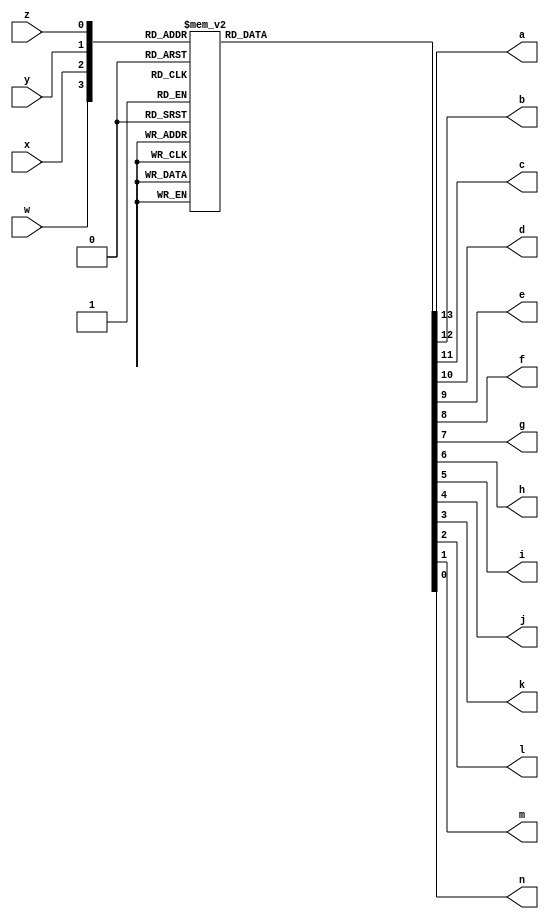
module Fourbit2scomplementdecoder (
	input w,x,y,z,
	output reg a,b,c,d,e,f,g,h,i,j,k,l,m,n);
	always @ (w,x,y,z) begin
		case ({w,x,y,z})
		 4'b0000: {a,b,c,d,e,f,g,h,i,j,k,l,m,n} = 14'b11111110000001; //0
		 4'b0001: {a,b,c,d,e,f,g,h,i,j,k,l,m,n} = 14'b11111111001111; //1
		 4'b0010: {a,b,c,d,e,f,g,h,i,j,k,l,m,n} = 14'b11111110010010; //2
		 4'b0011: {a,b,c,d,e,f,g,h,i,j,k,l,m,n} = 14'b11111110000110; //3
		 4'b0100: {a,b,c,d,e,f,g,h,i,j,k,l,m,n} = 14'b11111111001100; //4
		 4'b0101: {a,b,c,d,e,f,g,h,i,j,k,l,m,n} = 14'b11111110100100; //5
		 4'b0110: {a,b,c,d,e,f,g,h,i,j,k,l,m,n} = 14'b11111110100000; //6
		 4'b0111: {a,b,c,d,e,f,g,h,i,j,k,l,m,n} = 14'b11111110001111; //7
		 4'b1000: {a,b,c,d,e,f,g,h,i,j,k,l,m,n} = 14'b11111100000000; //-8
		 4'b1001: {a,b,c,d,e,f,g,h,i,j,k,l,m,n} = 14'b11111100001111; //-7
		 4'b1010: {a,b,c,d,e,f,g,h,i,j,k,l,m,n} = 14'b11111100100000; //-6
		 4'b1011: {a,b,c,d,e,f,g,h,i,j,k,l,m,n} = 14'b11111100100100; //-5
		 4'b1100: {a,b,c,d,e,f,g,h,i,j,k,l,m,n} = 14'b11111101001100; //-4
		 4'b1101: {a,b,c,d,e,f,g,h,i,j,k,l,m,n} = 14'b11111100000110; //-3
		 4'b1110: {a,b,c,d,e,f,g,h,i,j,k,l,m,n} = 14'b11111100010010; //-2
		 4'b1111: {a,b,c,d,e,f,g,h,i,j,k,l,m,n} = 14'b11111101001111; //-1
	endcase
 end
endmodule